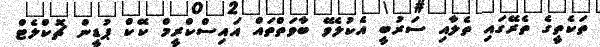
ތަކެތީގެ ތެރޭގައި ތެލާއި ސަރުބީ އެކުލެވޭ ބާވަތްތައް އައިސްކްރީމް ކޭކް ޕުޑީން ޗޮކްލެޓް